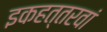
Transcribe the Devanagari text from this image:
इकहत्तरवां